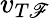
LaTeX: v_{T\mathscr{F}}